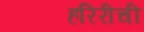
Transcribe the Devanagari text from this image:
हरिरीची